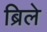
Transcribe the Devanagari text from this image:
ब्रिले